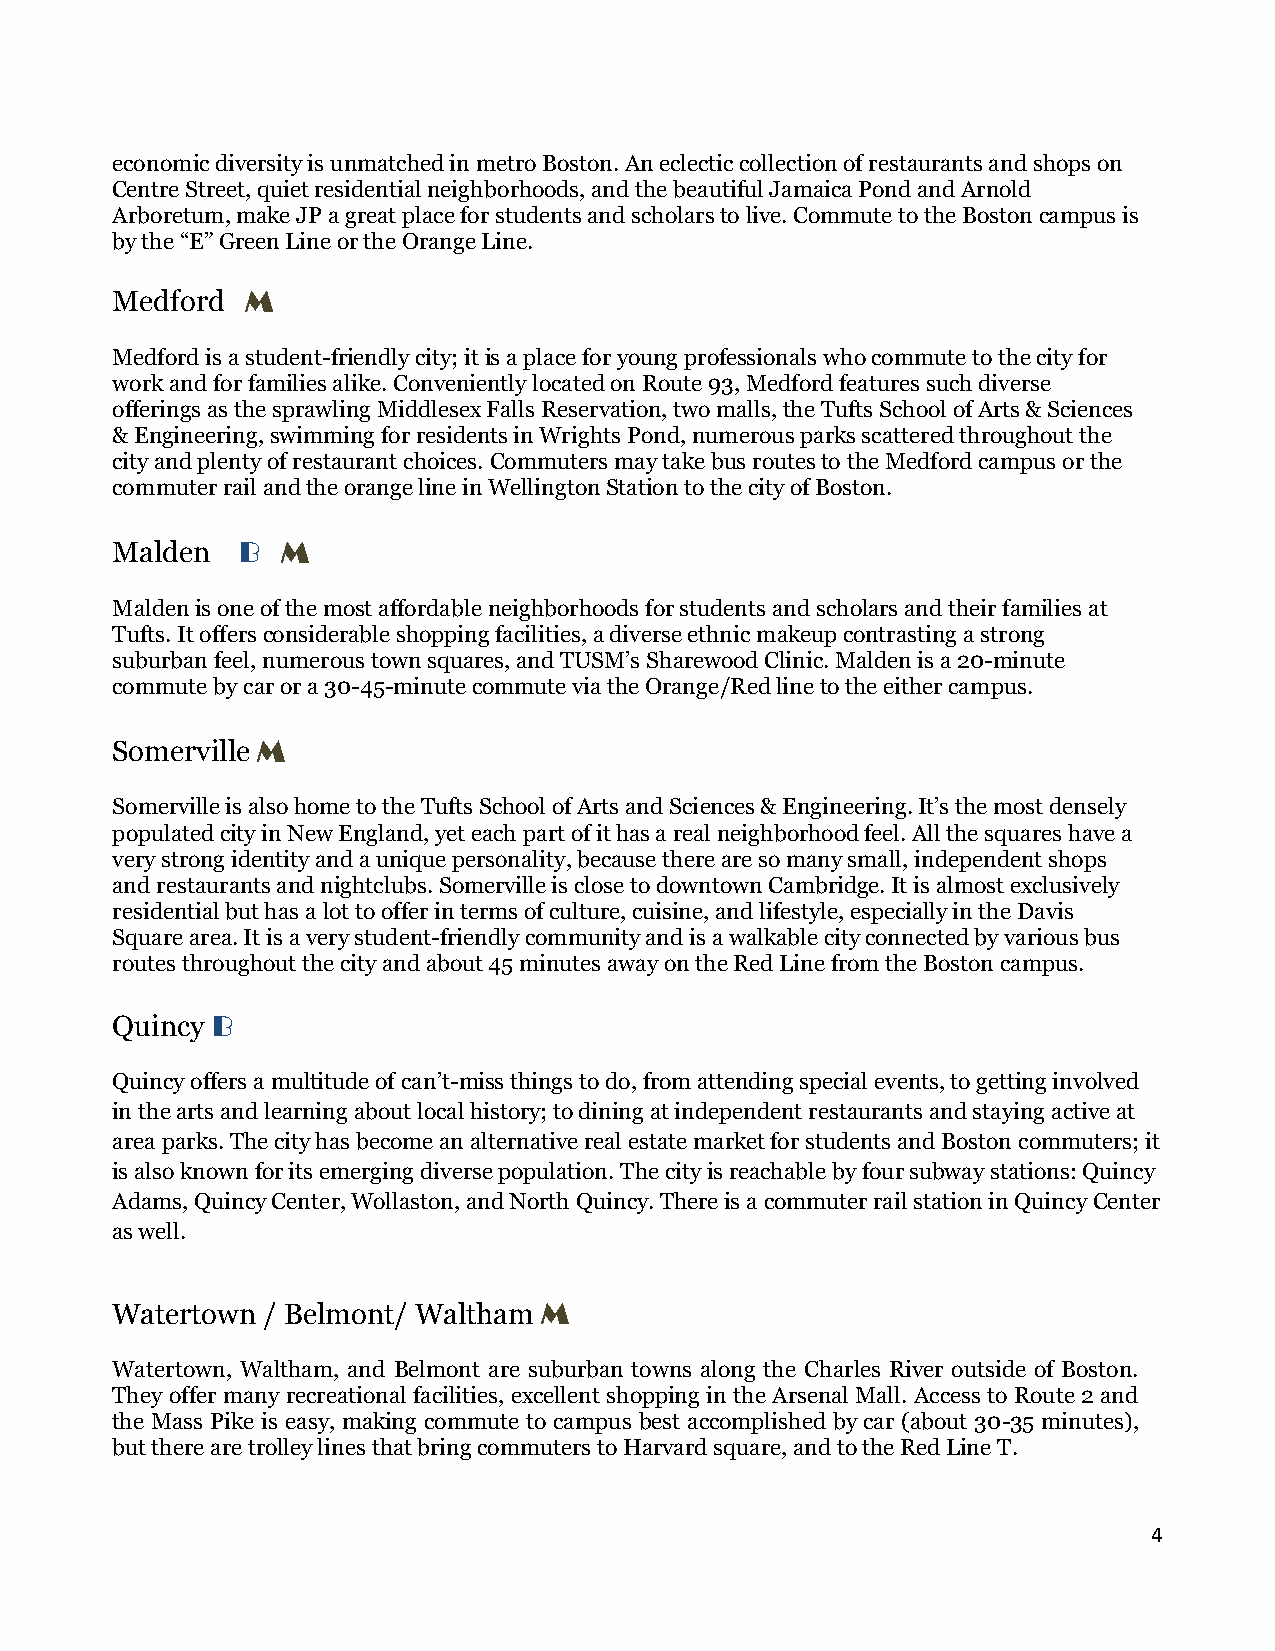
economic diversity is unmatched in metro Boston. An eclectic collection of restaurants and shops on
 Centre Street, quiet residential neighborhoods, and the beautiful Jamaica Pond and Arnold
 Arboretum, make JP a great place for students and scholars to live. Commute to the Boston campus is
 by the “E” Green Line or the Orange Line.
 Medford  M
 Medford is a student-friendly city; it is a place for young professionals who commute to the city for
 work and for families alike. Conveniently located on Route 93, Medford features such diverse
 offerings as the sprawling Middlesex Falls Reservation, two malls, the Tufts School of Arts & Sciences
 & Engineering, swimming for residents in Wrights Pond, numerous parks scattered throughout the
 city and plenty of restaurant choices. Commuters may take bus routes to the Medford campus or the
 commuter rail and the orange line in Wellington Station to the city of Boston.
 Malden   B  M
 Malden is one of the most affordable neighborhoods for students and scholars and their families at
 Tufts. It offers considerable shopping facilities, a diverse ethnic makeup contrasting a strong
 suburban feel, numerous town squares, and TUSM’s Sharewood Clinic. Malden is a 20-minute
 commute by car or a 30-45-minute commute via the Orange/Red line to the either campus.
 Somerville M
 Somerville is also home to the Tufts School of Arts and Sciences & Engineering. It’s the most densely
 populated city in New England, yet each part of it has a real neighborhood feel. All the squares have a
 very strong identity and a unique personality, because there are so many small, independent shops
 and restaurants and nightclubs. Somerville is close to downtown Cambridge. It is almost exclusively
 residential but has a lot to offer in terms of culture, cuisine, and lifestyle, especially in the Davis
 Square area. It is a very student-friendly community and is a walkable city connected by various bus
 routes throughout the city and about 45 minutes away on the Red Line from the Boston campus.
 Quincy B
 Quincy offers a multitude of can’t-miss things to do, from attending special events, to getting involved
 in the arts and learning about local history; to dining at independent restaurants and staying active at
 area parks. The city has become an alternative real estate market for students and Boston commuters; it
 is also known for its emerging diverse population. The city is reachable by four subway stations: Quincy
 Adams, Quincy Center, Wollaston, and North Quincy. There is a commuter rail station in Quincy Center
 as well.
 Watertown / Belmont/ Waltham M
 Watertown, Waltham, and Belmont are suburban towns along the Charles River outside of Boston.
 They offer many recreational facilities, excellent shopping in the Arsenal Mall. Access to Route 2 and
 the Mass Pike is easy, making commute to campus best accomplished by car (about 30-35 minutes),
 but there are trolley lines that bring commuters to Harvard square, and to the Red Line T.
 4